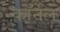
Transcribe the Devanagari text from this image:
काॅर्नेल